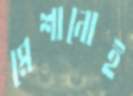
মেশানোই